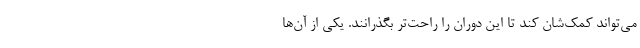
می‌تواند کمک‌شان کند تا این دوران را راحت‌تر بگذرانند. یکی از آن‌ها